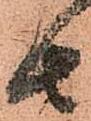
由